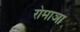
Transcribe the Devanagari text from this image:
रोमाञा